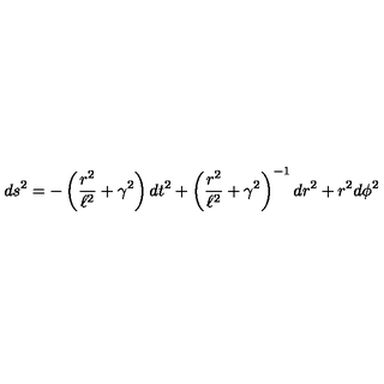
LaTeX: d s ^ { 2 } = - \left( { \frac { r ^ { 2 } } { \ell ^ { 2 } } } + \gamma ^ { 2 } \right) d t ^ { 2 } + \left( { \frac { r ^ { 2 } } { \ell ^ { 2 } } } + \gamma ^ { 2 } \right) ^ { - 1 } d r ^ { 2 } + r ^ { 2 } d \phi ^ { 2 }